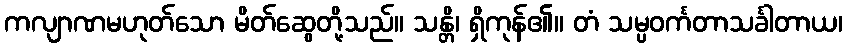
ကလျာဏမဟုတ်သော မိတ်ဆွေတို့သည်။ သန္တိ၊ ရှိကုန်၏။ တံ သမ္ပဝင်္ကတာသင်္ခါတာယ၊